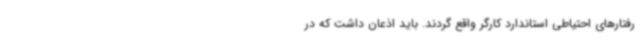
رفتارهای احتیاطی استاندارد کارگر واقع گردند. باید اذعان داشت که در